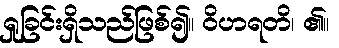
ရှုခြင်းရှိသည်ဖြစ်၍။ ဝိဟရတိ၊ ၏။